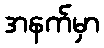
အနက်မှာ